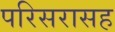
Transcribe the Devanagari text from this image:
परिसरासह